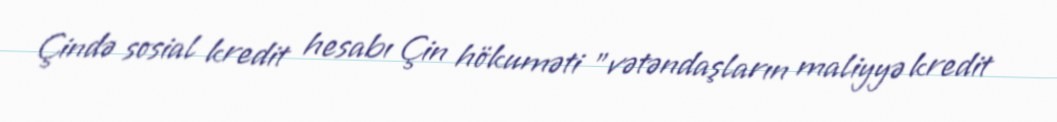
Çində sosial kredit hesabı Çin hökuməti "vətəndaşların maliyyə kredit